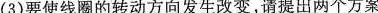
(3)要使线圈的转动方向发生改变，请提出两个方案